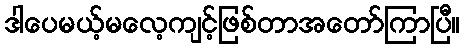
ဒါပေမယ့်မလေ့ကျင့်ဖြစ်တာအတော်ကြာပြီ။